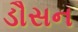
ડૌસન